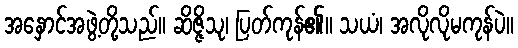
အနှောင်အဖွဲ့တို့သည်။ ဆိဇ္ဇိသု၊ ပြတ်ကုန်၏။ သယံ၊ အလိုလိုမကုန်ပဲ။